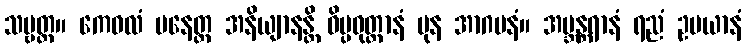
သဗ္ဗတ္ထ။ ကေဝလံ ပနေတ္ထ အနိယျာနန္တိ ဝိပ္ပဝုတ္ထာနံ ပုန အာဂမနံ။ အဗ္ဘန္တရာနံ ရညံ ဥပယာနံ